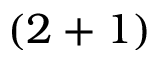
( 2 + 1 )